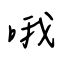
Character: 哦